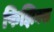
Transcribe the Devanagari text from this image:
फिझिक्स